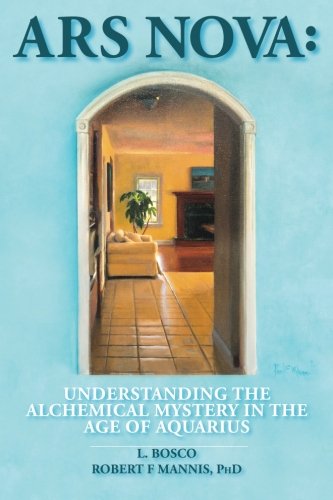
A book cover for Ars Nova:  Understanding the Alchemical Mystery in the Age of Aquarius; PhD, Robert F Mannis; Health, Fitness & Dieting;